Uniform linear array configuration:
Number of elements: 48
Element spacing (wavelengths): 0.5
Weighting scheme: hamming
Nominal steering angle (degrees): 30
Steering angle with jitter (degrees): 30.851
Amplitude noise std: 0.05
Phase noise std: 0.05

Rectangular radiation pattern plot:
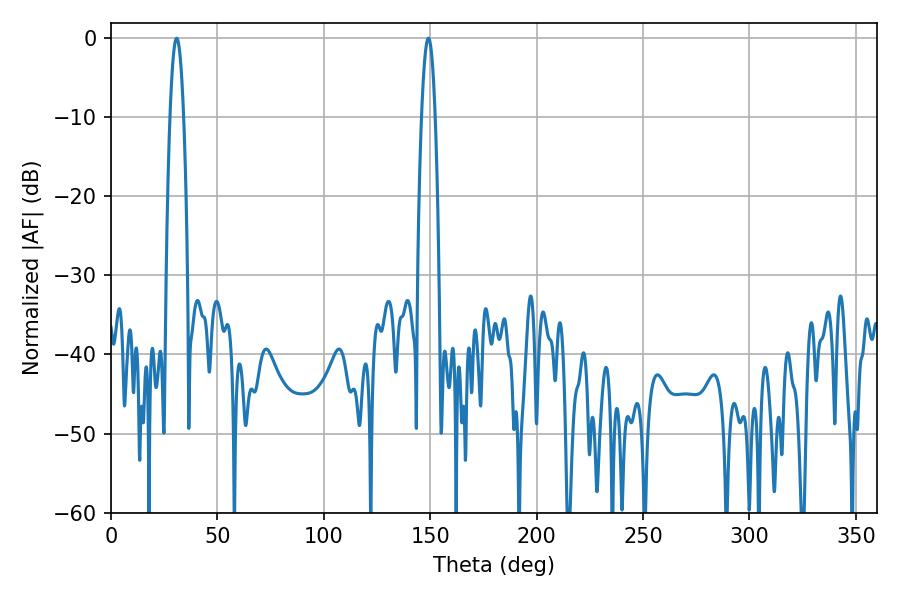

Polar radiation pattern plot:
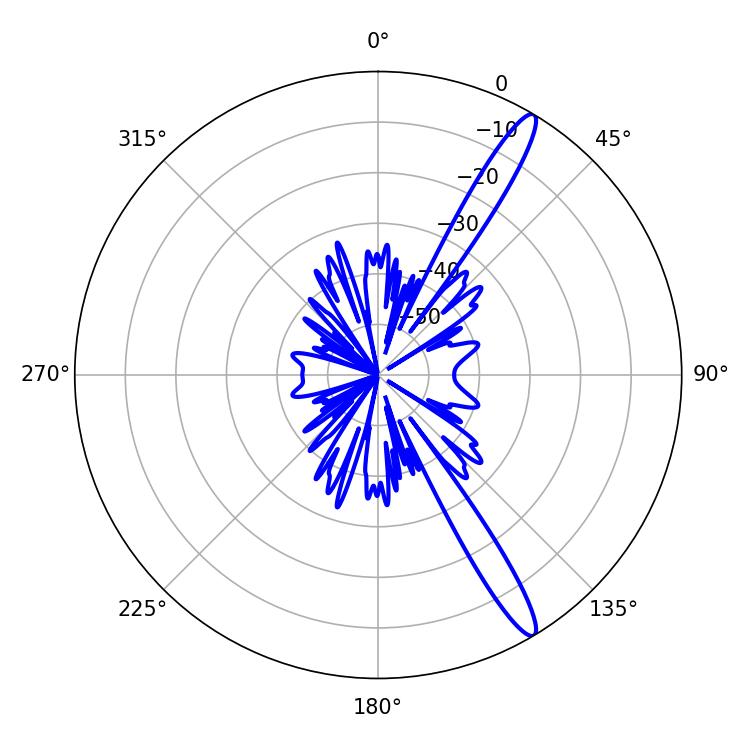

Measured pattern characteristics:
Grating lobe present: FALSE
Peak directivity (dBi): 14.633
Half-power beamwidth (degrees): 3.42
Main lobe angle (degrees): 30.78